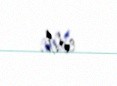
edib.